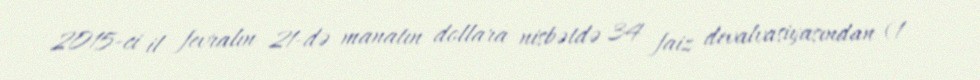
2015-ci il fevralın 21-də manatın dollara nisbətdə 34 faiz devalvasiyasından (1